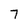
Character: 7